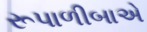
રૂપાળીબાએ